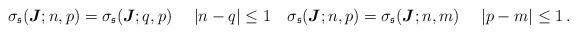
LaTeX: \begin{align*}\sigma_\mathfrak{s}(\boldsymbol{J};n,p)=\sigma_\mathfrak{s}(\boldsymbol{J};q,p) \quad\ |n-q|\leq 1 \quad\sigma_\mathfrak{s}(\boldsymbol{J};n,p)=\sigma_\mathfrak{s}(\boldsymbol{J};n,m) \quad\ |p-m|\leq 1\,.\end{align*}